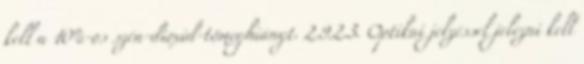
kell a 10%-os szén-dioxid-tömeghiányt. 2.9.2.3. Optikai jelzéssel jelezni kell